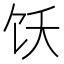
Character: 饫